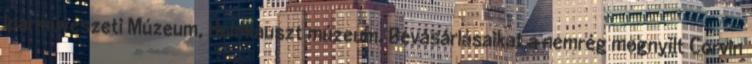
Iparművészeti Múzeum, Holokauszt múzeum. Bevásárlásaikat a nemrég megnyílt Corvin